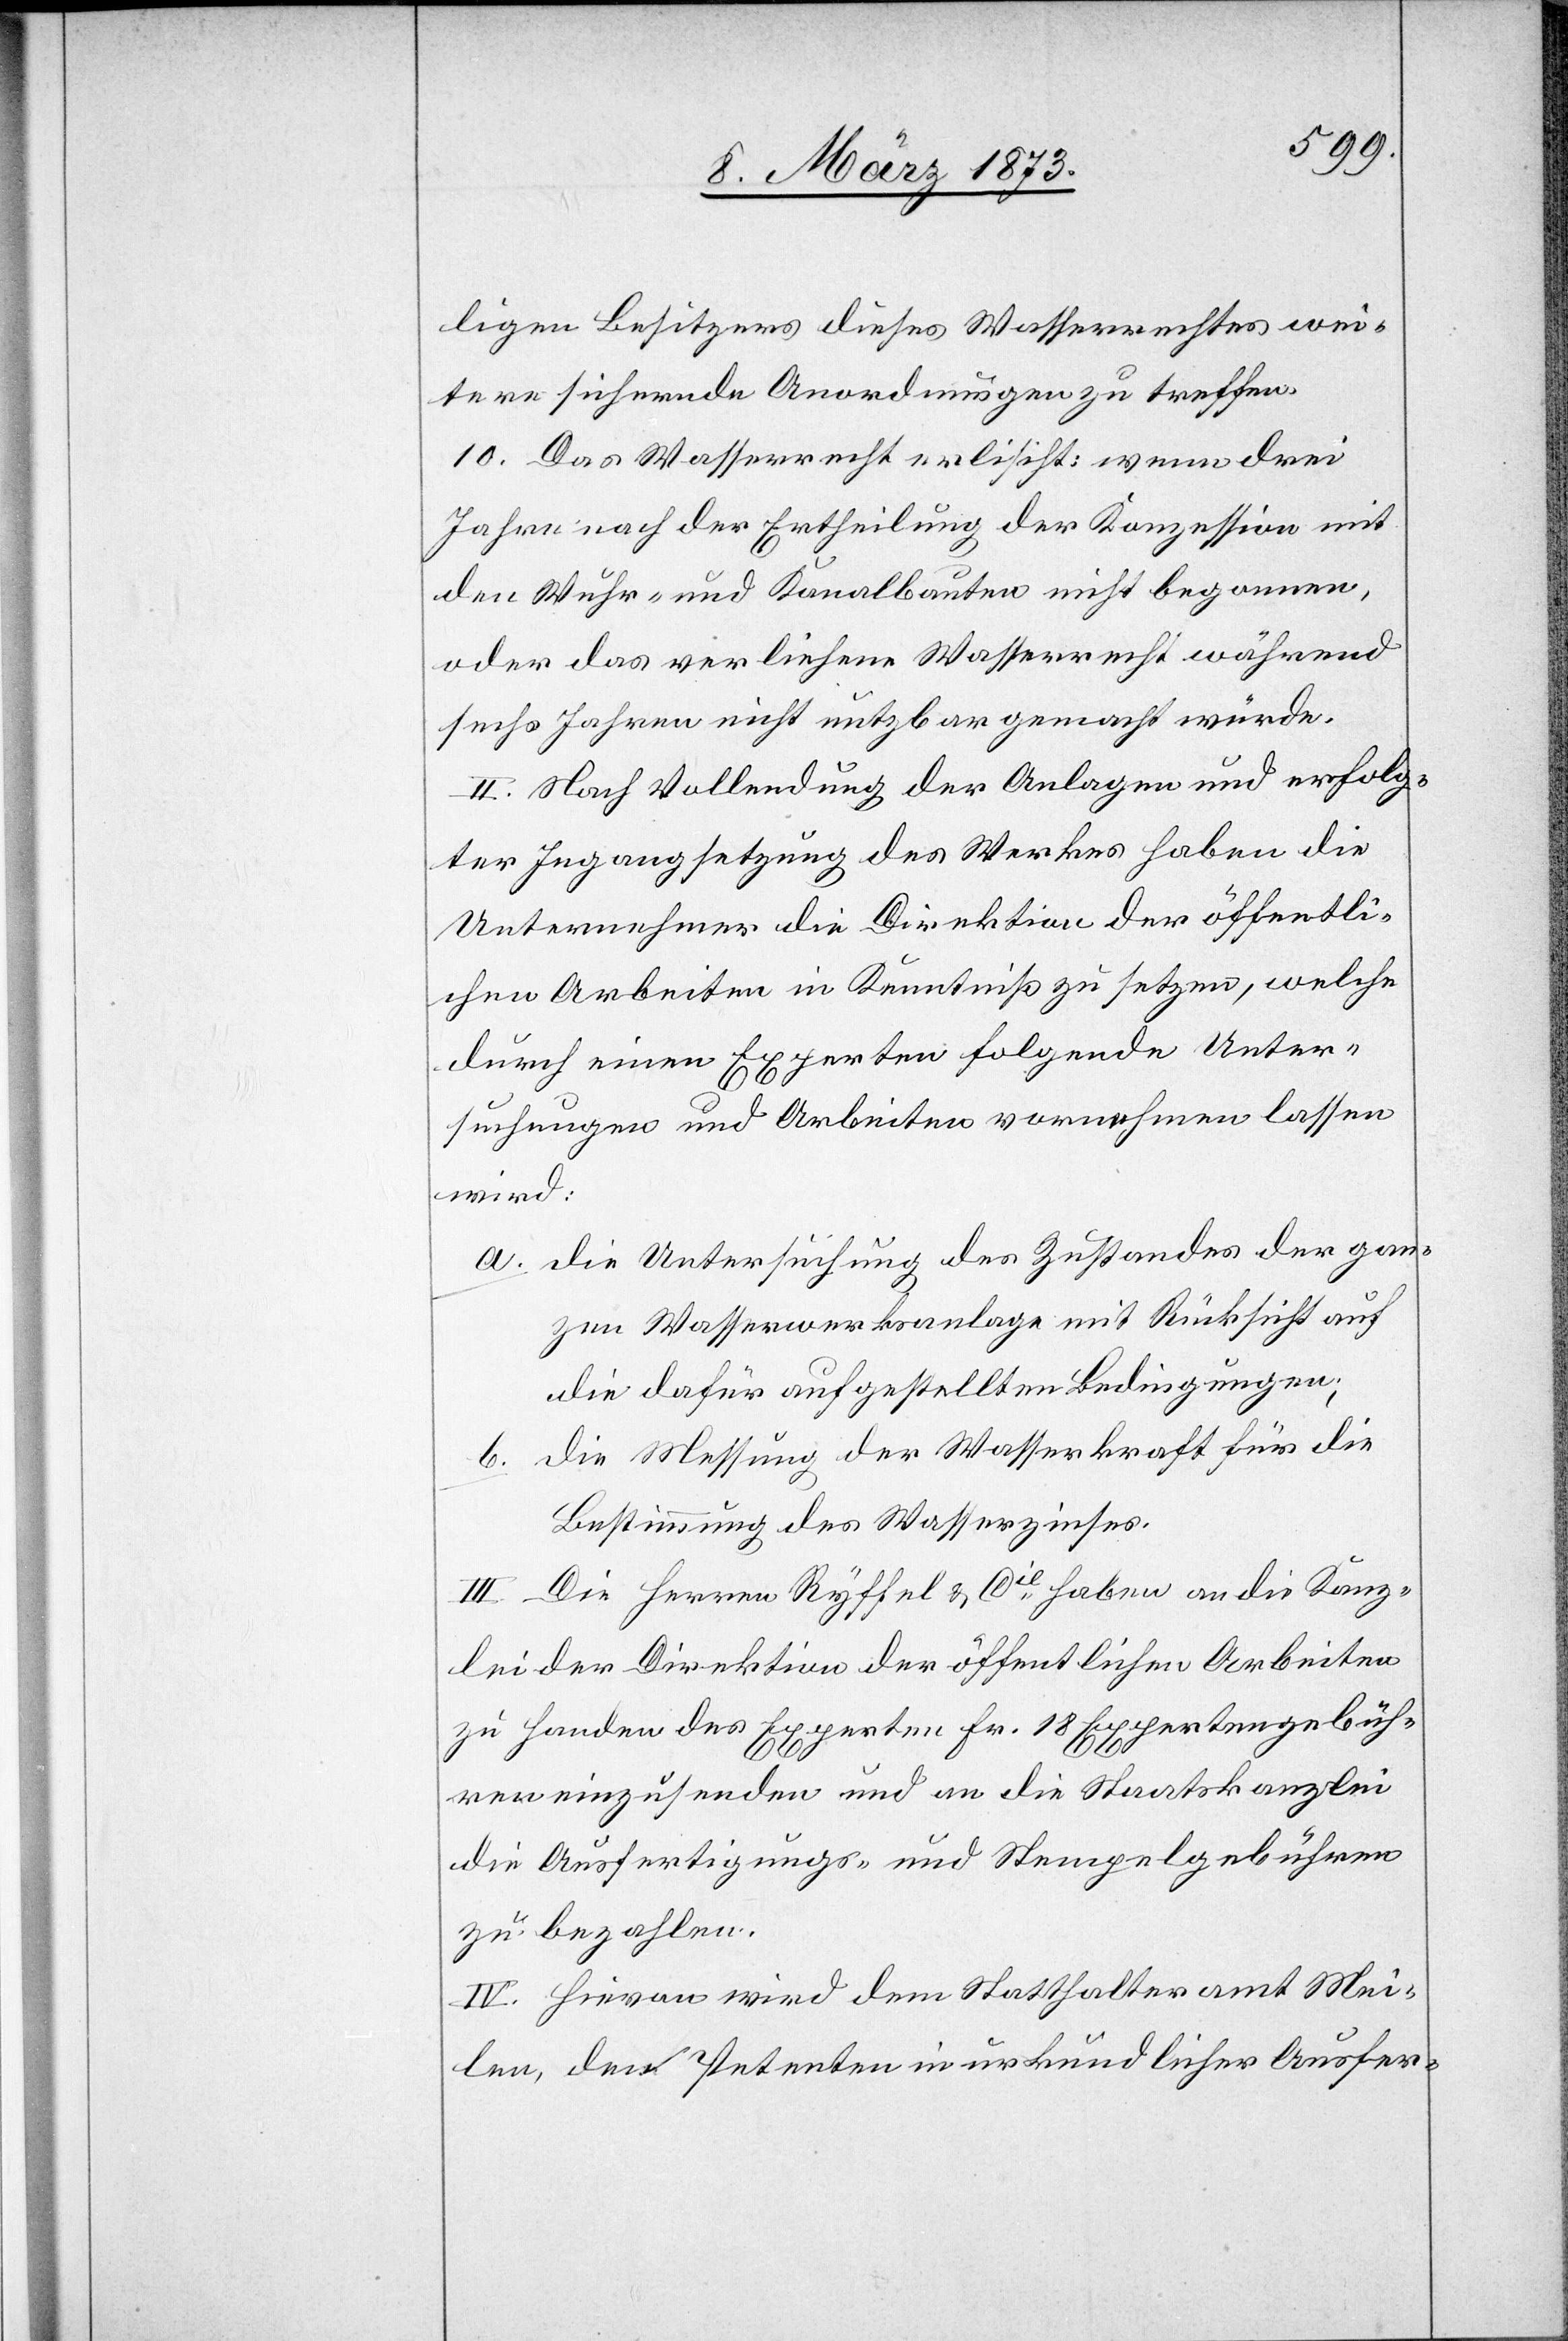
ligen Besitzers dieses Wasserrechtes wei¬
tere sichernde Anordnungen zu treffen.
10. Das Wasserrecht erlischt: wenn drei
Jahre nach der Ertheilung der Konzession mit
den Wuhr- und Kanalbauten nicht begonnen,
oder das verliehene Wasserrecht während
sechs Jahren nicht nutzbar gemacht würde.
II. Nach Vollendung der Anlagen und erfolg¬
ter Ingangsetzung des Werkes haben die
Unternehmer die Direktion der öffentli¬
chen Arbeiten in Kenntniß zu setzen, welche
durch einen Experten folgende Unter¬
suchungen und Arbeiten vornehmen lassen
wird:
a. die Untersuchung des Zustandes der gan¬
zen Wasserwerksanlage mit Rücksicht auf
die dafür aufgestellten Bedingungen;
b. die Messung der Wasserkraft für die
Bestimmung des Wasserzinses.
III. Die Herren Ryffel u. Cie haben an die Kanz¬
lei der Direktion der öffentlichen Arbeiten
zu Handen des Experten Fr. 18 Expertengebüh¬
ren einzusenden und an die Staatskanzlei
die Ausfertigungs- und Stempelgebühren
zu bezahlen.
IV. Hievon wird dem Statthalteramt Mei¬
len, dem Petenten in urkundlicher Ausfer-